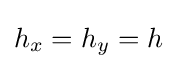
h_{x}=h_{y}=h